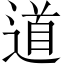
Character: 道